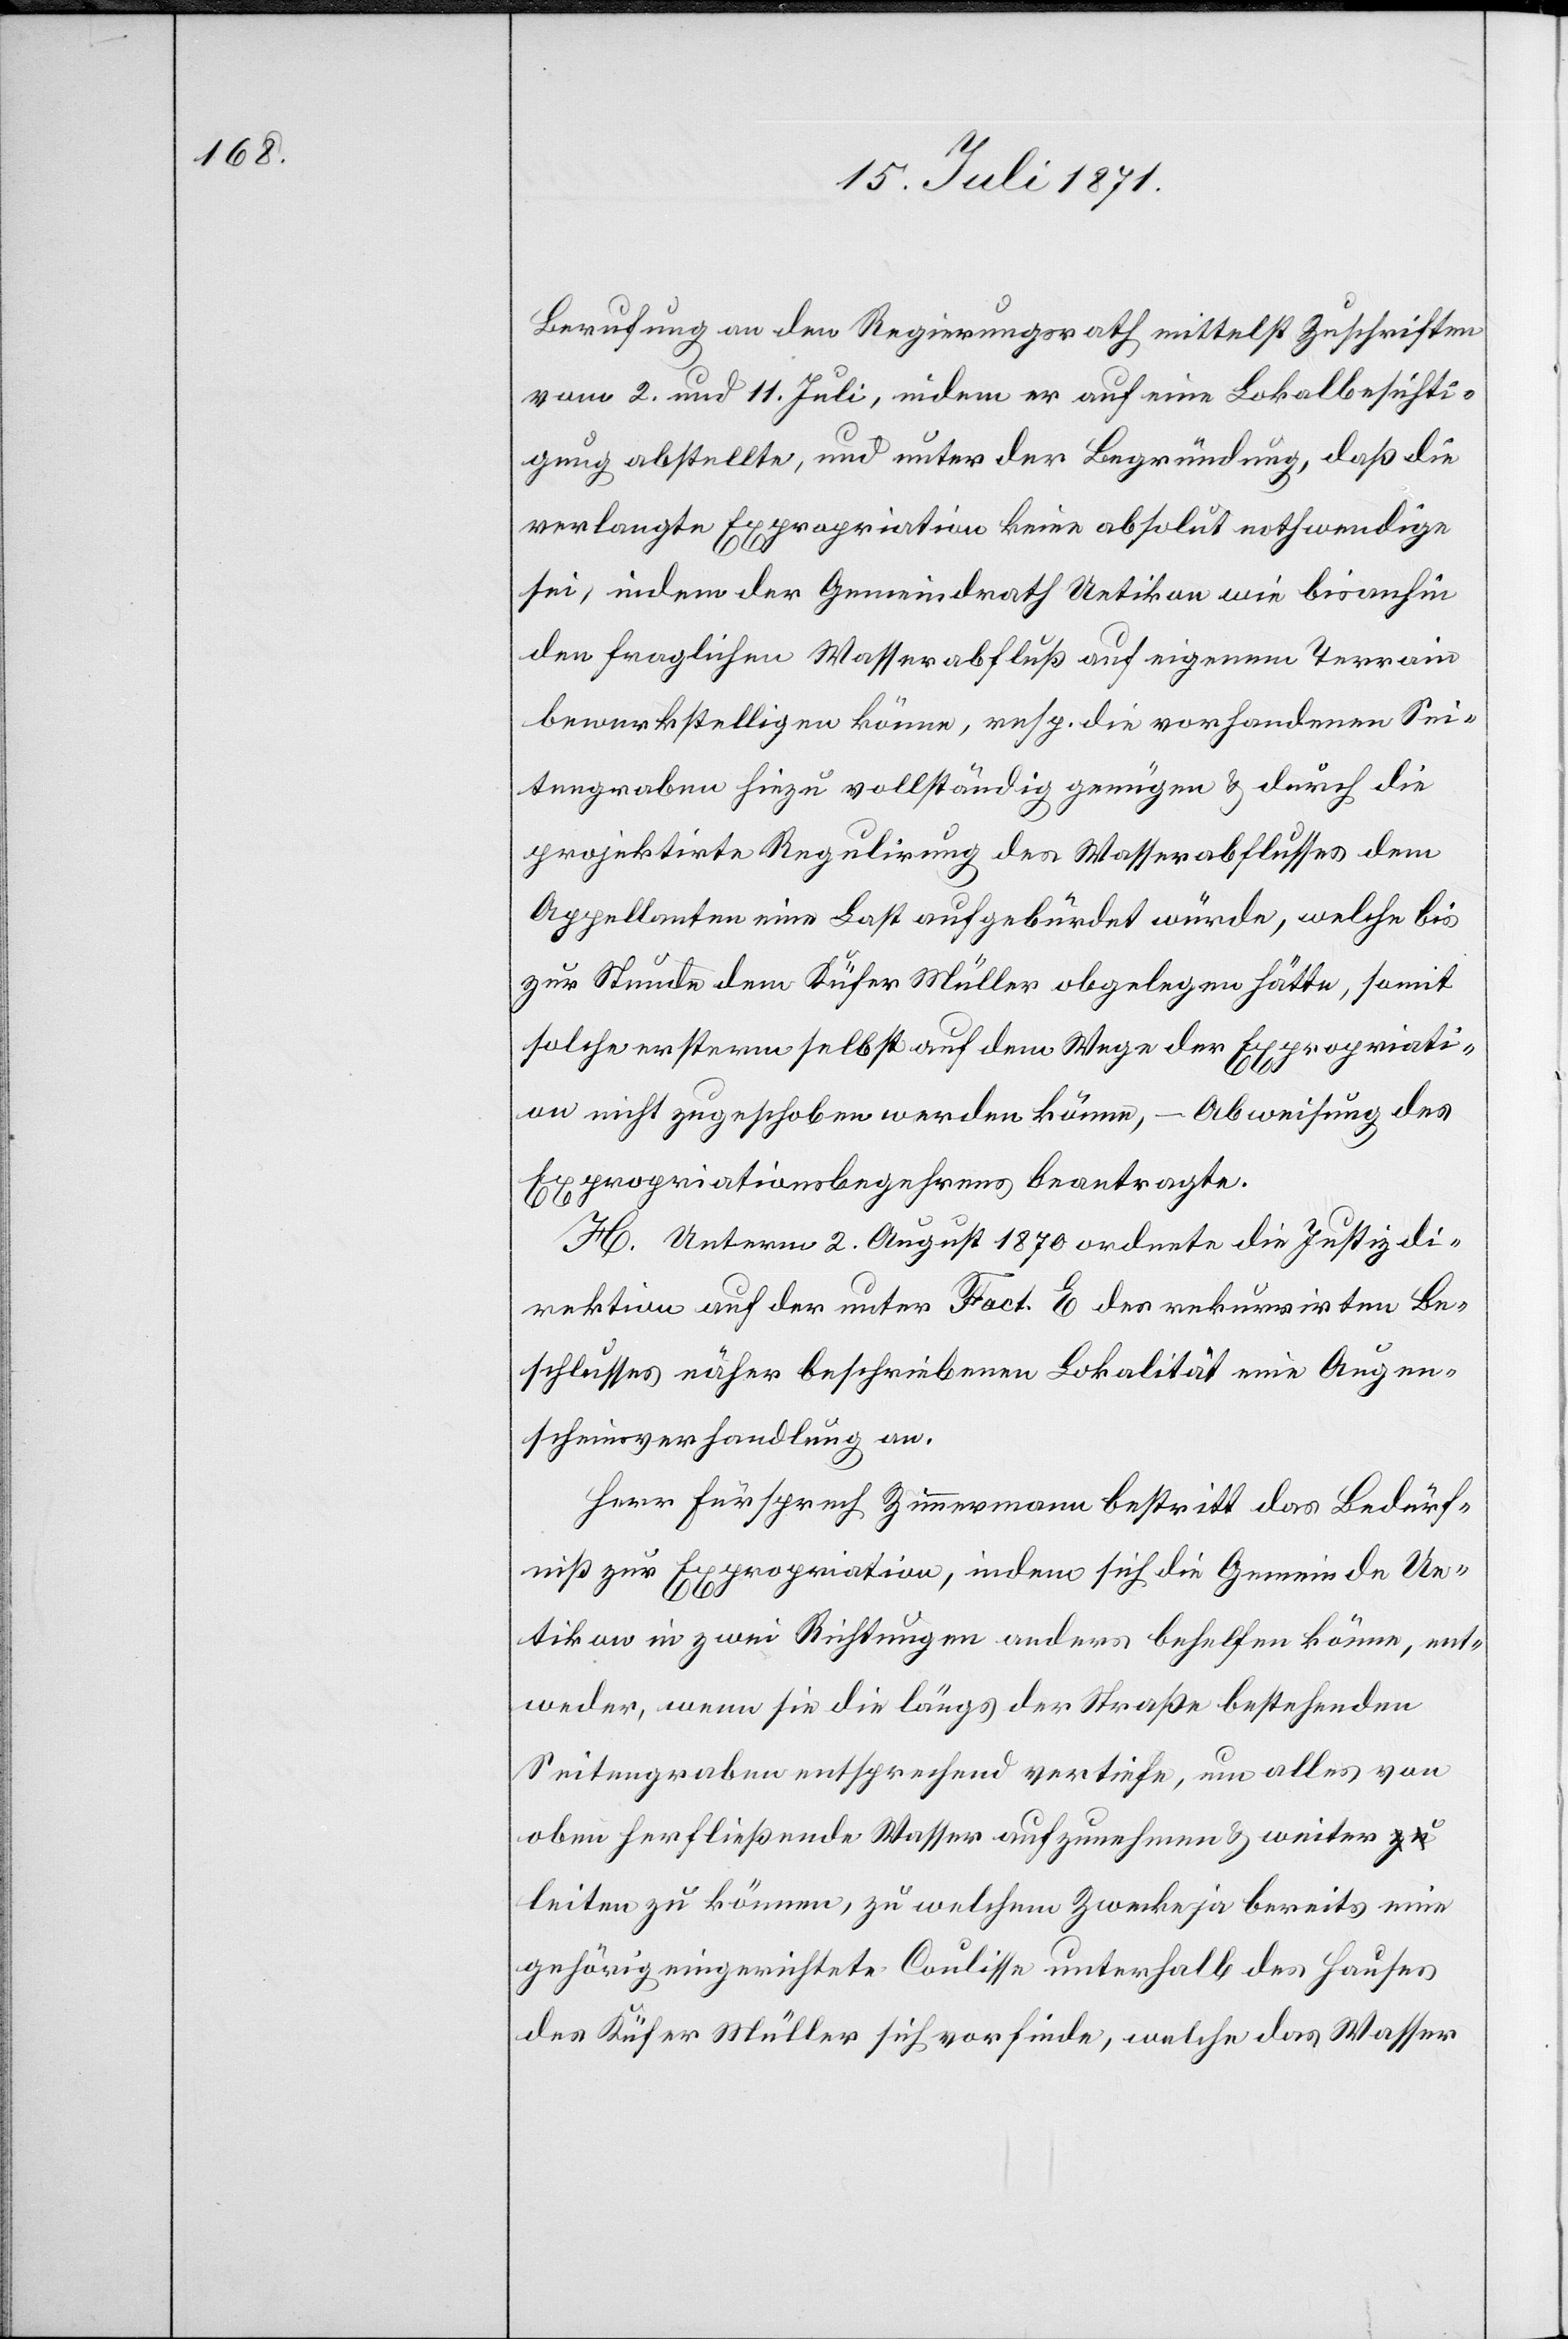
Berufung an den Regierungsrath mittelst Zuschriften
vom 2. und 11. Juli, indem er auf eine Lokalbesichti¬
gung abstellte, und unter der Begründung, daß die
verlangte Expropriation keine absolut nothwendige
sei, indem der Gemeindrath Uetikon wie bisanhin
den fraglichen Wasserabfluß auf eigenem Terrain
bewerkstelligen könne, resp. die vorhandenen Sei¬
tengraben hiezu vollständig genügen u. durch die
projektirte Regulirung des Wasserabflusses dem
Appellanten eine Last aufgebürdet würde, welche bis
zur Stunde dem Küfer Müller obgelegen hätte, somit
solche ersterm selbst auf dem Wege der Expropriati¬
on nicht zugeschoben werden könne, – Abweisung des
Expropriationsbegehrens beantragte.
H. Unterm 2. August 1870 ordnete die Justizdi¬
rektion auf der unter Fact. E des rekurrirten Be¬
schlusses näher beschriebenen Lokalität eine Augen¬
scheinverhandlung an.
Herr Fürsprech Zimmermann bestritt das Bedürf¬
niß zur Expropriation, indem sich die Gemeinde Ue¬
tikon in zwei Richtungen anders behelfen könne, ent¬
weder, wenn sie die längs der Straße bestehenden
Seitengraben entsprechend vertiefe, um alles von
oben her fließende Wasser aufzunehmen u. weiter
leiten zu können, zu welchem Zwecke ja bereits eine
gehörig eingerichtete Coulisse unterhalb des Hauses
des Küfer Müller sich vorfinde, welche das Wasser